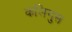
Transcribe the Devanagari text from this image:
कलिगुस